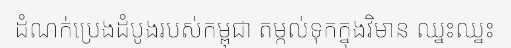
ដំណក់ប្រេងដំបូងរបស់កម្ពុជា តម្កល់ទុកក្នុងវិមាន ឈ្នះឈ្នះ